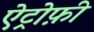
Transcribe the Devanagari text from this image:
ऐट्रोफ़ी